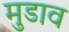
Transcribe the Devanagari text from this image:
मुडाव